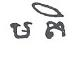
មតិ